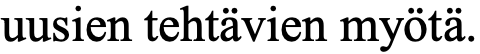
uusien tehtävien myötä.